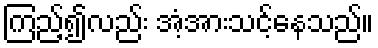
ကြည့်၍လည်း အံ့အားသင့်နေသည်။